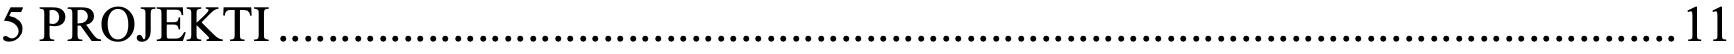
5 PROJEKTI ................................................................................................................ 11